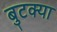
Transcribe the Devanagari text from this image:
बुटक्‍या